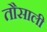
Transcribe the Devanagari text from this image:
तौसाली